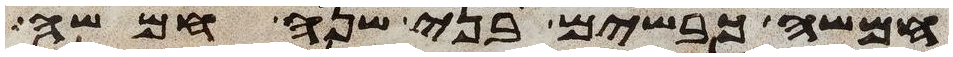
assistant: חמשה כבשים בני שנה חמשה